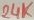
Text: 24K